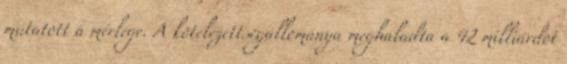
mutatott a mérlege. A kötelezettségállománya meghaladta a 42 milliárdot